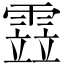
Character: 𩄳